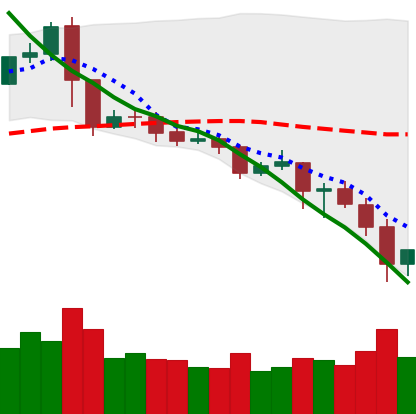
Ticker: XRP-USD
Chart end date: 2019-11-23
Forward return: -4.919%
Label: down_3_5